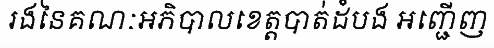
រងនៃគណៈអភិបាលខេត្តបាត់ដំបង អញ្ជើញ